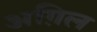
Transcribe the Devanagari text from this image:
अग़िल